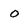
Character: 0